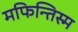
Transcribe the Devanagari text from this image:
मफिन्तिस्म